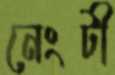
নেংটী